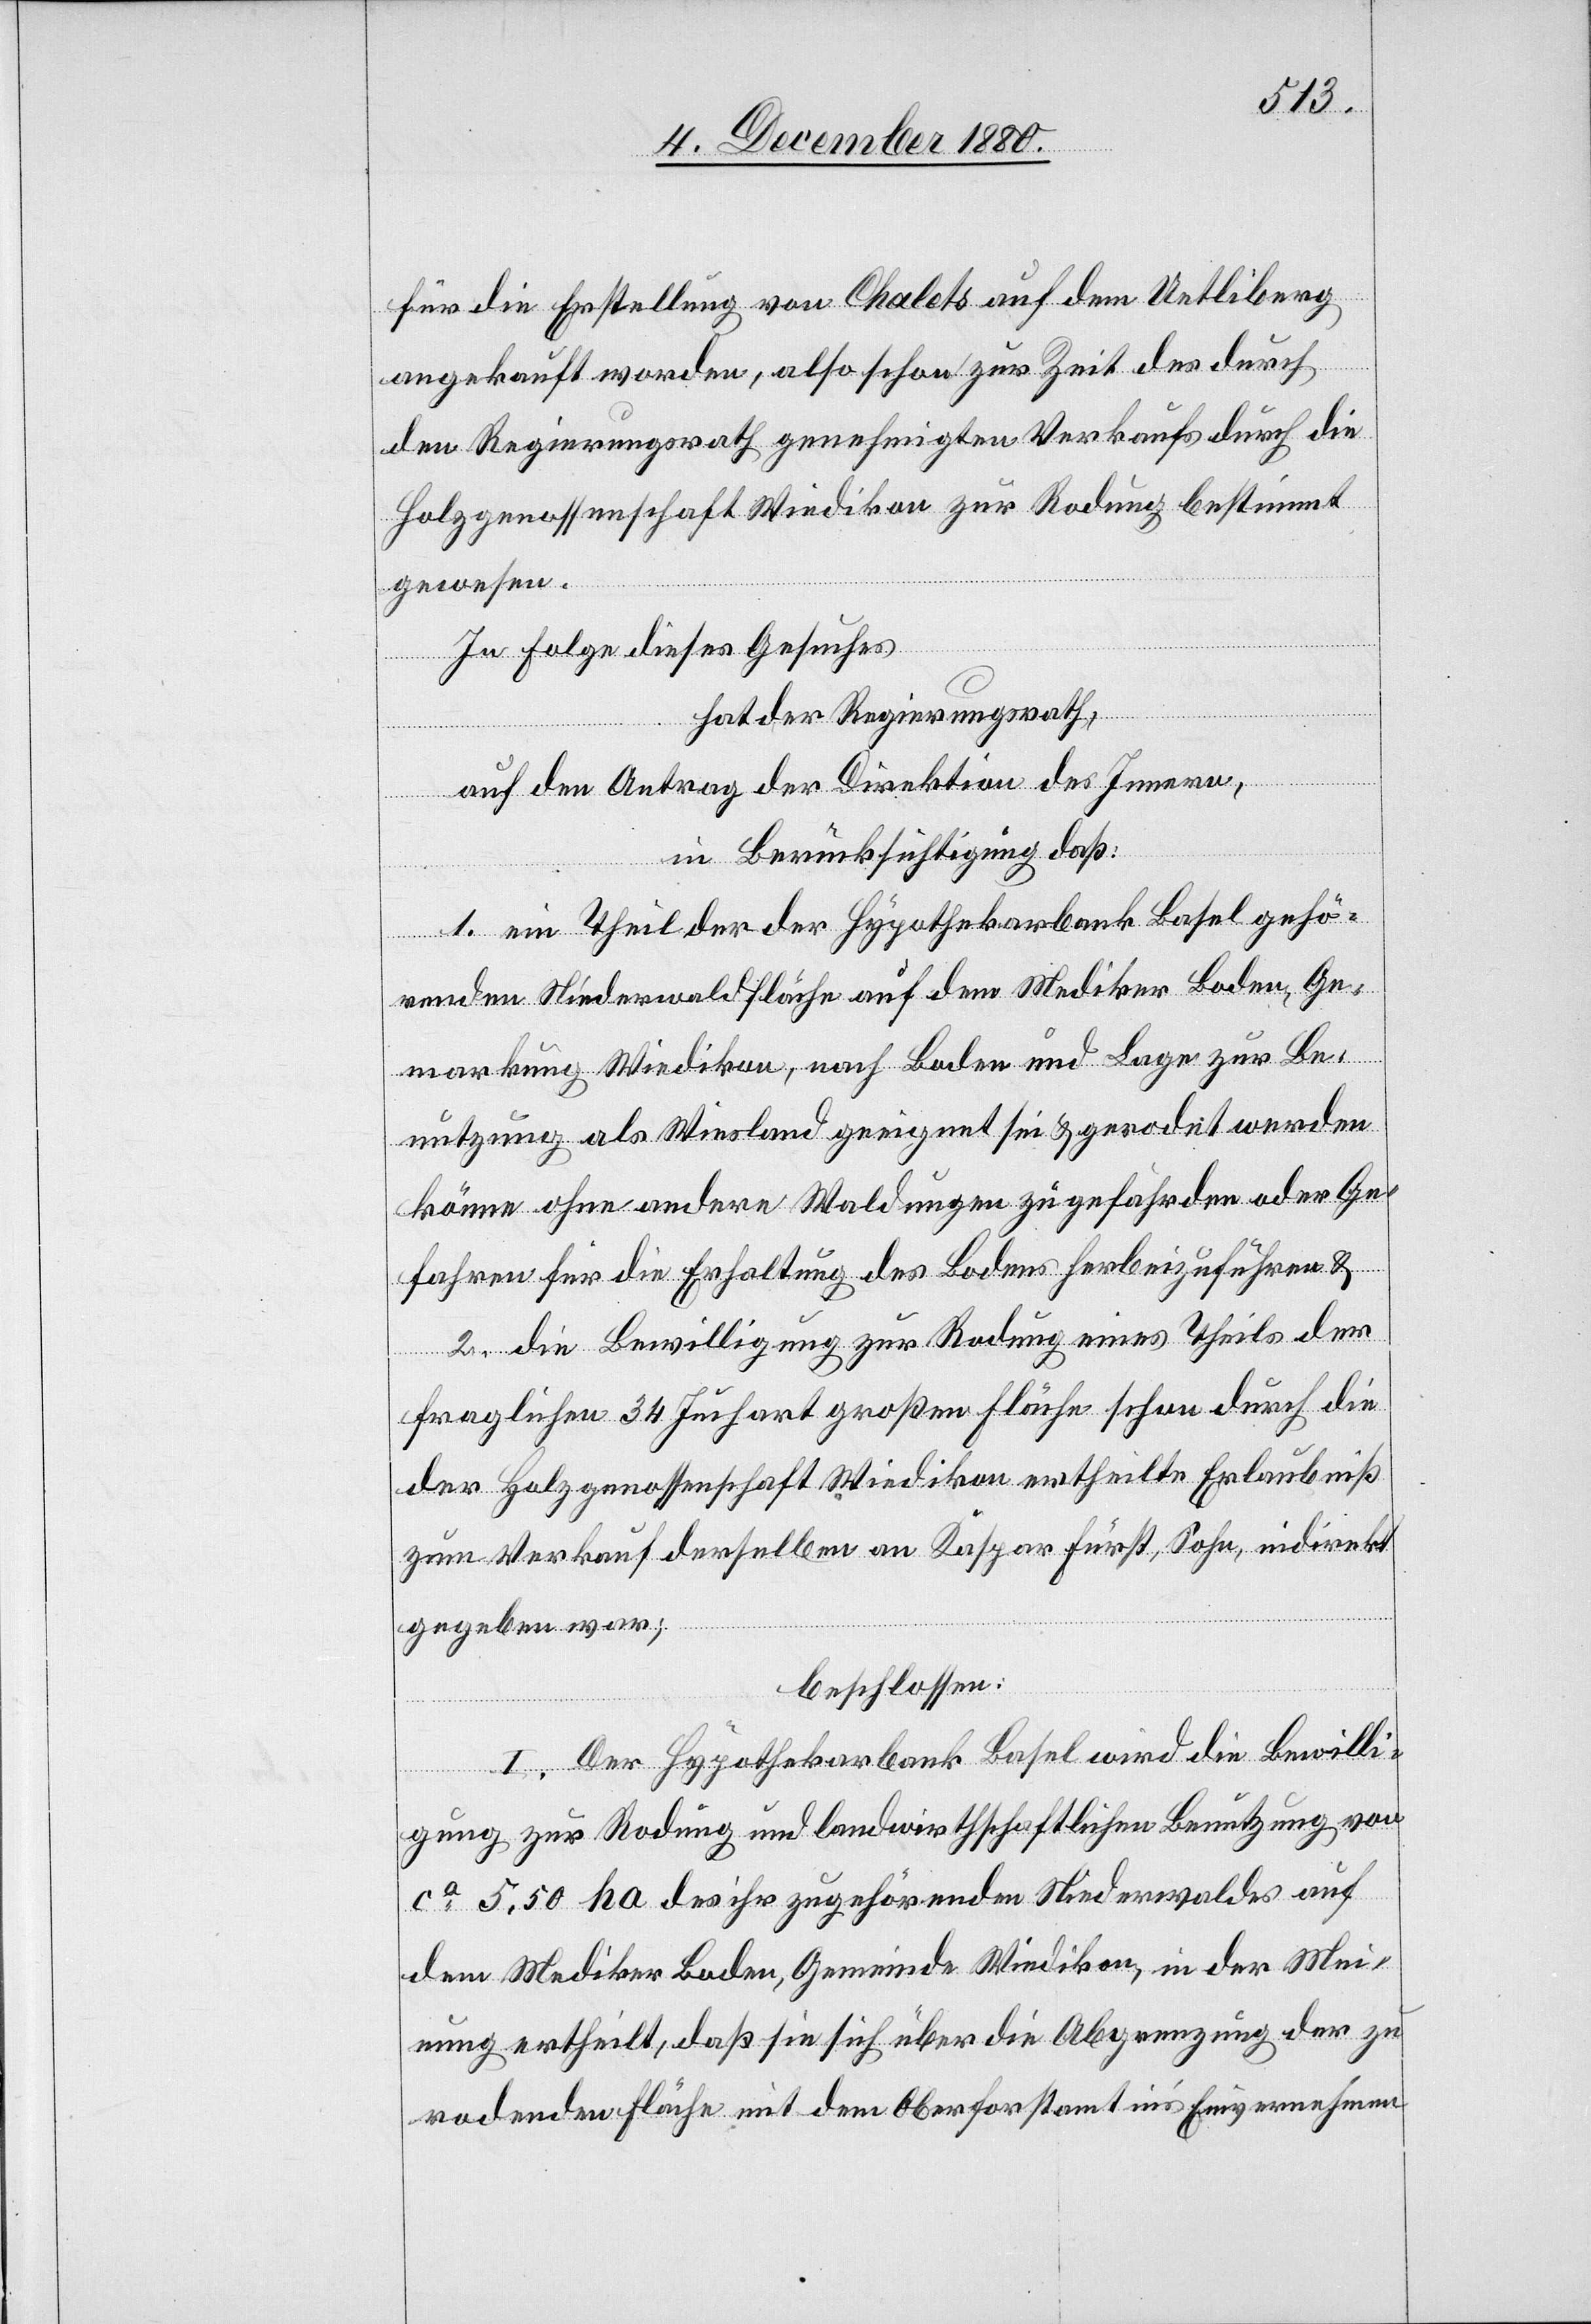
für die Erstellung von Chalets auf dem Uetliberg
angekauft worden, also schon zur Zeit des durch
den Regierungsrath genehmigten Verkaufs durch die
Holzgenossenschaft Wiedikon zur Rodung bestimmt
gewesen.
In Folge dieses Gesuches
hat der Regierungsrath,
auf den Antrag der Direktion des Innern,
in Berücksichtigung daß:
1. ein Theil der der Hypothekarbank Basel gehö¬
renden Niederwaldfläche auf dem Mediker Boden, Ge¬
markung Wiedikon, nach Boden und Lage zur Be¬
nutzung als Wiesland geeignet sei & gerodet werden
könne ohne andere Waldungen zu gefährden oder Ge¬
fahren für die Erhaltung des Bodens herbeizuführen &
2. die Bewilligung zur Rodung eines Theiles der
fraglichen 34 Juchart großen Fläche schon durch di¬
e Holzgenossenschaft Wiedikon ertheilte Erlaubniß
zum Verkauf derselben an Kaspar Fürst, Sohn, indirekt
gegeben war;
beschlossen:
I. Der Hypothekarbank Basel wird die Bewilli¬
gung zur Rodung und landwirthschaftlichen Benutzung von
ca 5.50 ha des ihr zugehörenden Niederwaldes auf
dem Mediker Boden, Gemeinde Wiedikon, in der Mei¬
nung ertheilt, daß sie sich über die Abgrenzung der zu
rodenden Fläche mit dem Oberforstamt ins Einvernehmen